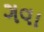
ગવા